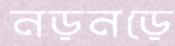
নড়নড়ে